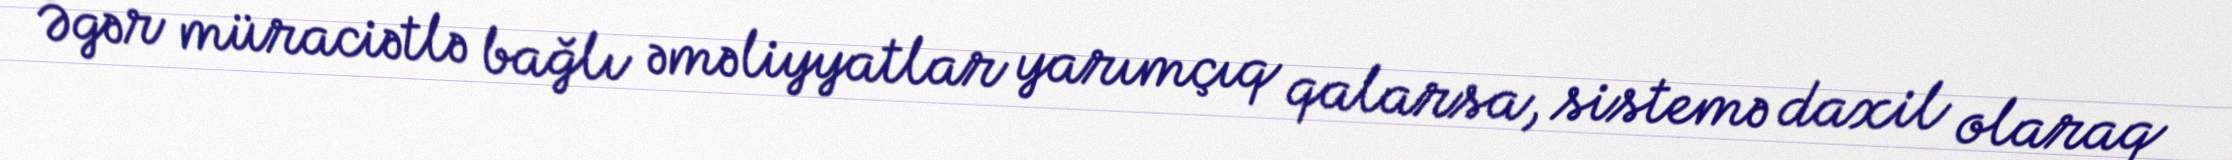
Əgər müraciətlə bağlı əməliyyatlar yarımçıq qalarsa, sistemə daxil olaraq